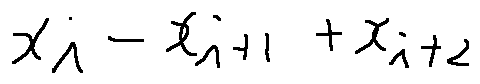
x _ { i } - x _ { i + 1 } + x _ { i + 2 }